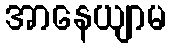
အာနေယျာမ